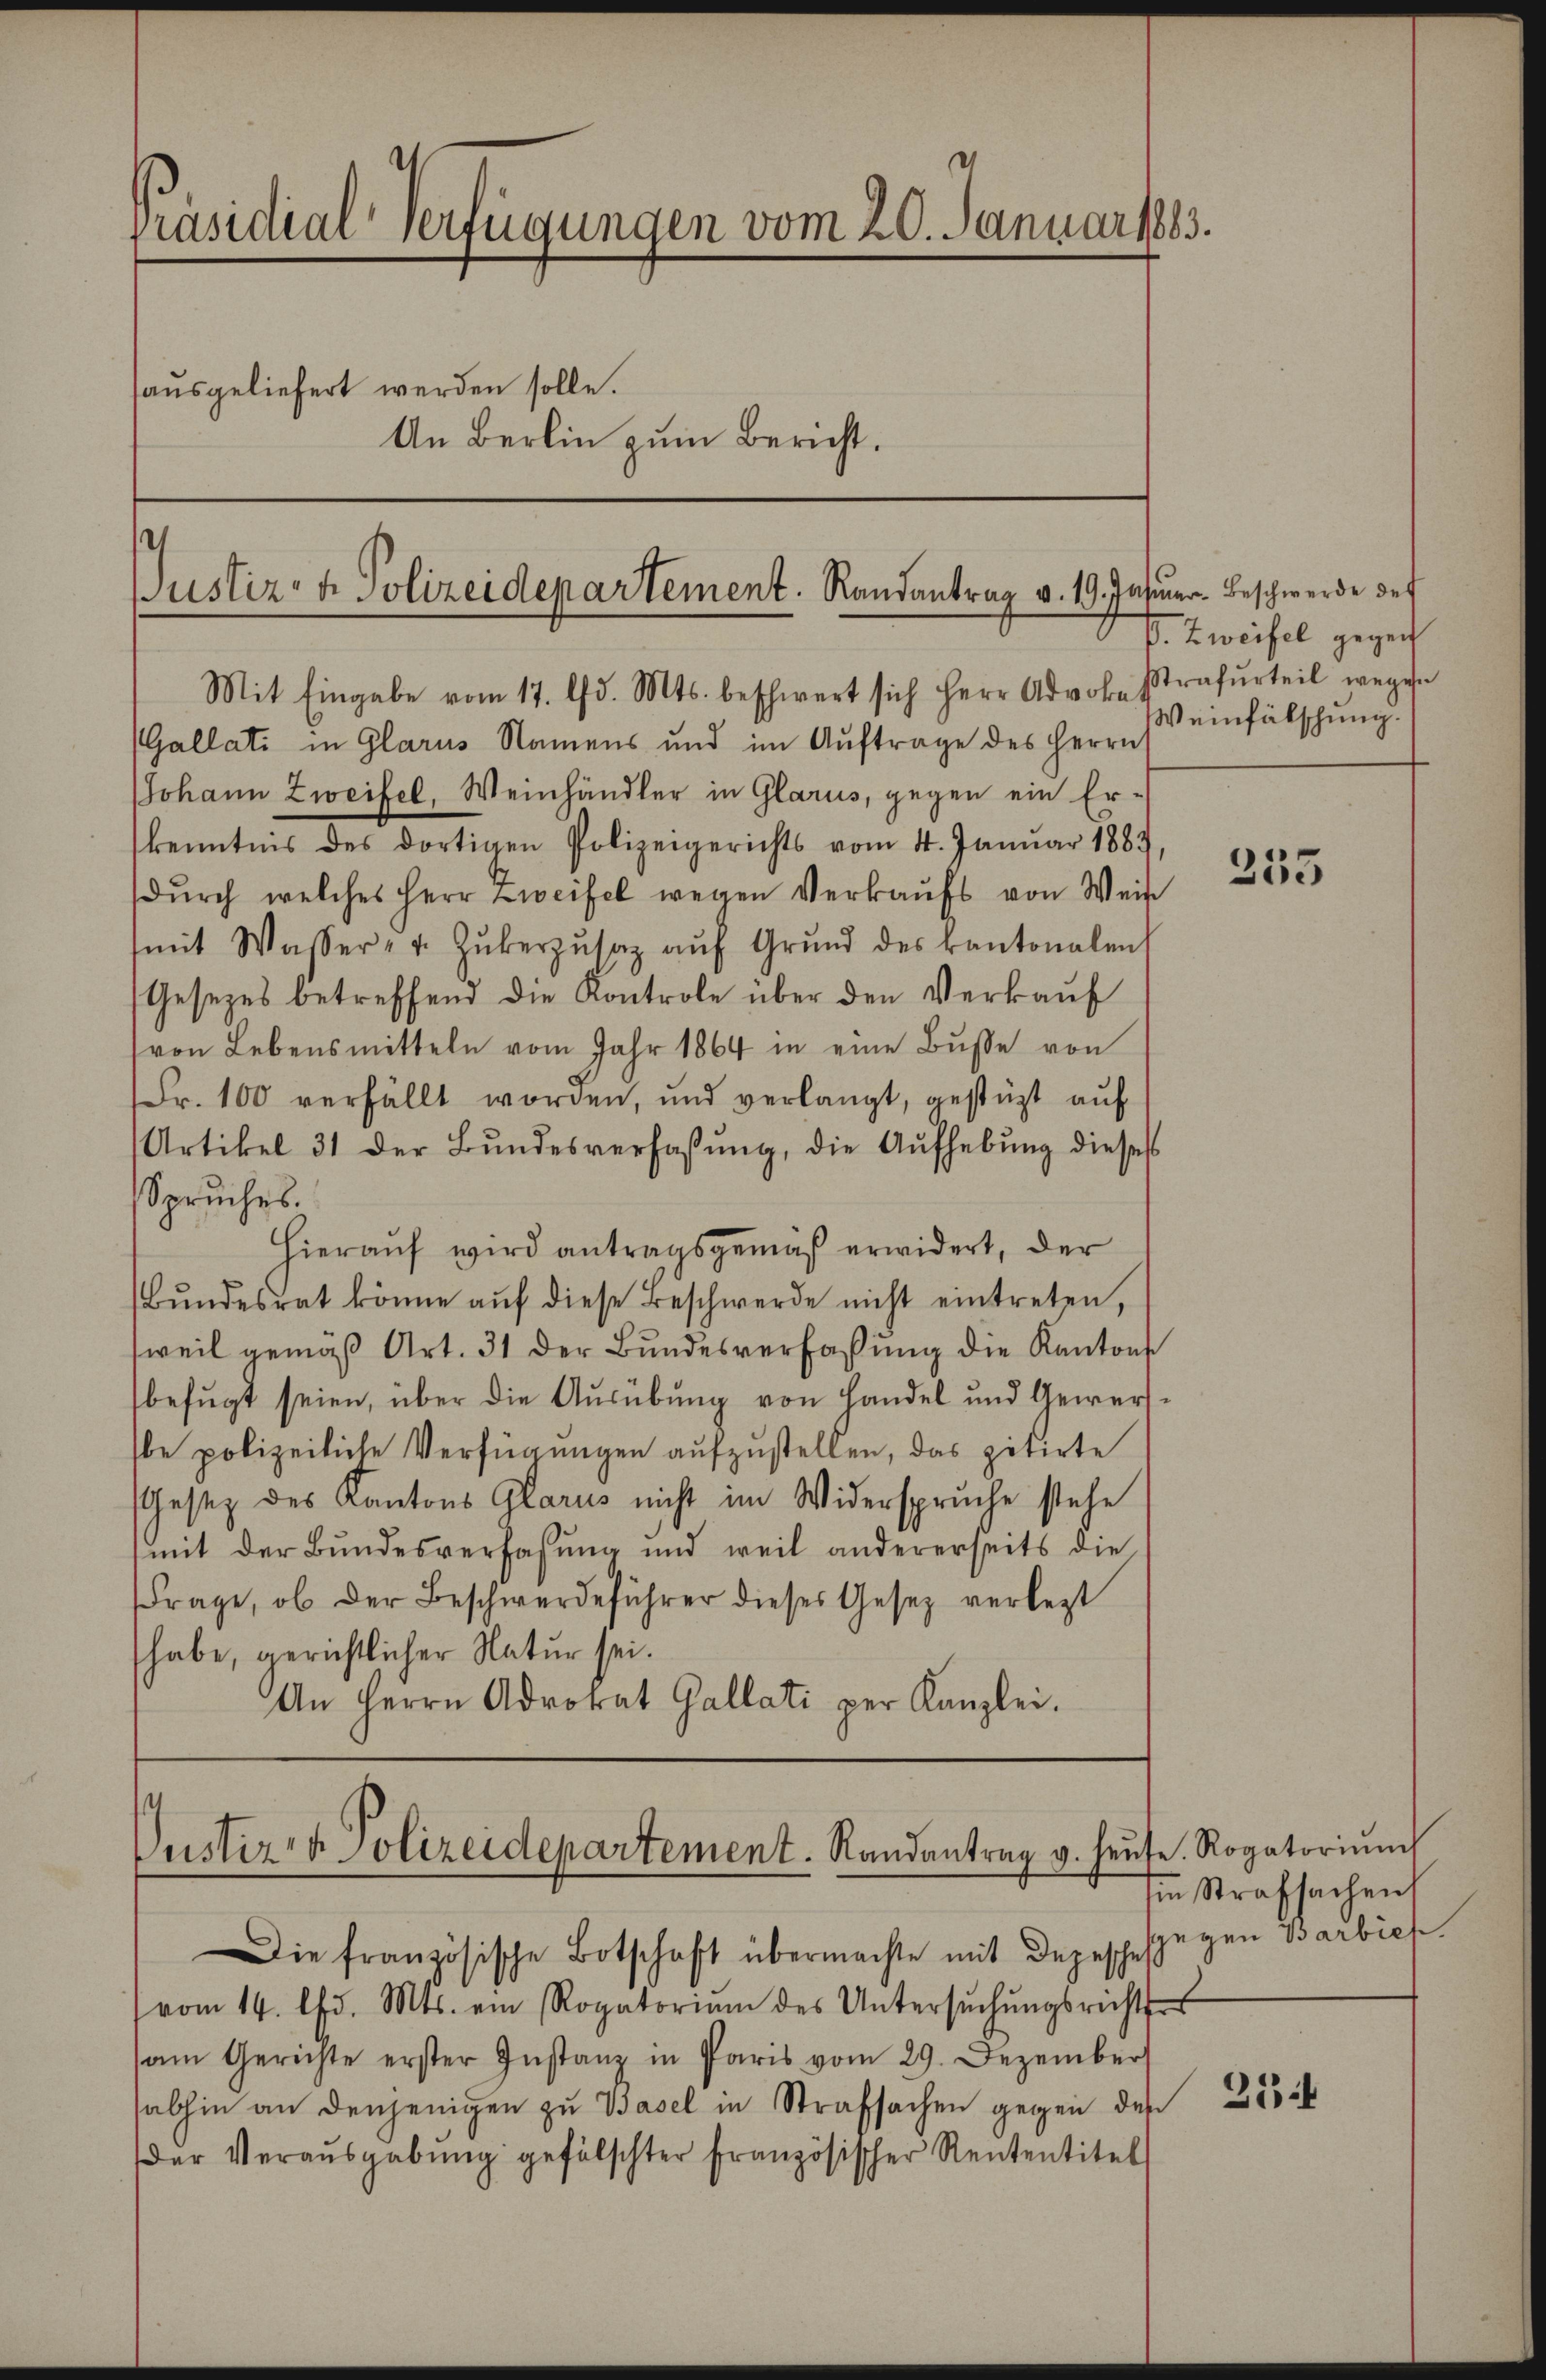
Präsidial-Verfügungen vom 20. Januar 1883.
haŭsgeliefert werden solle.
An Berlin zum Bericht.

Justiz- & Polizeidepartement. Randantrag v. 19. Insuar-Beschwerde des
Mit Eingabe vom 17. d. Mts. beschwert sich Herr Advokestrafurteil wegen

Gallati in Glarus Namens und im Auftrage des Herrn
JJohann Zweifel, Weinhändler in Glarus, gegen ein Erkenntnis des dortigen Polizeigerichts vom 4. Januar 1884
dŭrch welches Herr Zweifel wegen Verkaŭfs von Weis
(mit Wasser- u. Zŭkerzŭsaz aŭf Grŭnd des kantonalen
Gesetzes betreffend die Kontrole über den Verkauf
von Lebensmitteln vom Jahr 1864 in eine Bŭsse von
Fr. 100 verfällt worden, und verlangt, gestüzt auf
Artikel 31 der Bŭndesverfassŭng, die Aŭfhebŭng dieses
Spruches.
Hieraŭf wird antragsgemäß erwidert, der
Bŭndesrat könne aŭf diese Beschwerde nicht eintreten,
sweil gemäß Art. 31 der Bundesverfassung die Kantons
befugt seien, über die Ausübung von Handel und Gewerbe polizeiliche Verfügungen aufzustellen, das zitirte
esez des Kantons Glarus nicht im Widerspruche stehe
(mit der Bundesverfassung und weil andererseits die
Frage, ob der Beschwerdeführer dieses Gesetz verlegt
habe, gerichtlicher Natur sei.
An Herrn Advokat Gallati per Kanzlei.

Custiz- & Polizeidepartement. Randantrag v. Haŭse. Rogatoriŭm

Die französische Botschaft übermachte mit depeschesgegen Barbich
vom 14. d. Mts. ein Rogatoriŭm des Untersŭchŭngsrichtes
sam Gerichte erster Instanz in Paris vom 29. Dezember
sabhin an denjenigen zu Basel in Strafsachen gegen den
er Veraŭsgabŭng gefälschter französischer Rententitel

P. Zweifel gegen
Weinfälschung.

255

Im Strafsachen

2134